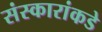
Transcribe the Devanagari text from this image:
संस्कारांकडे